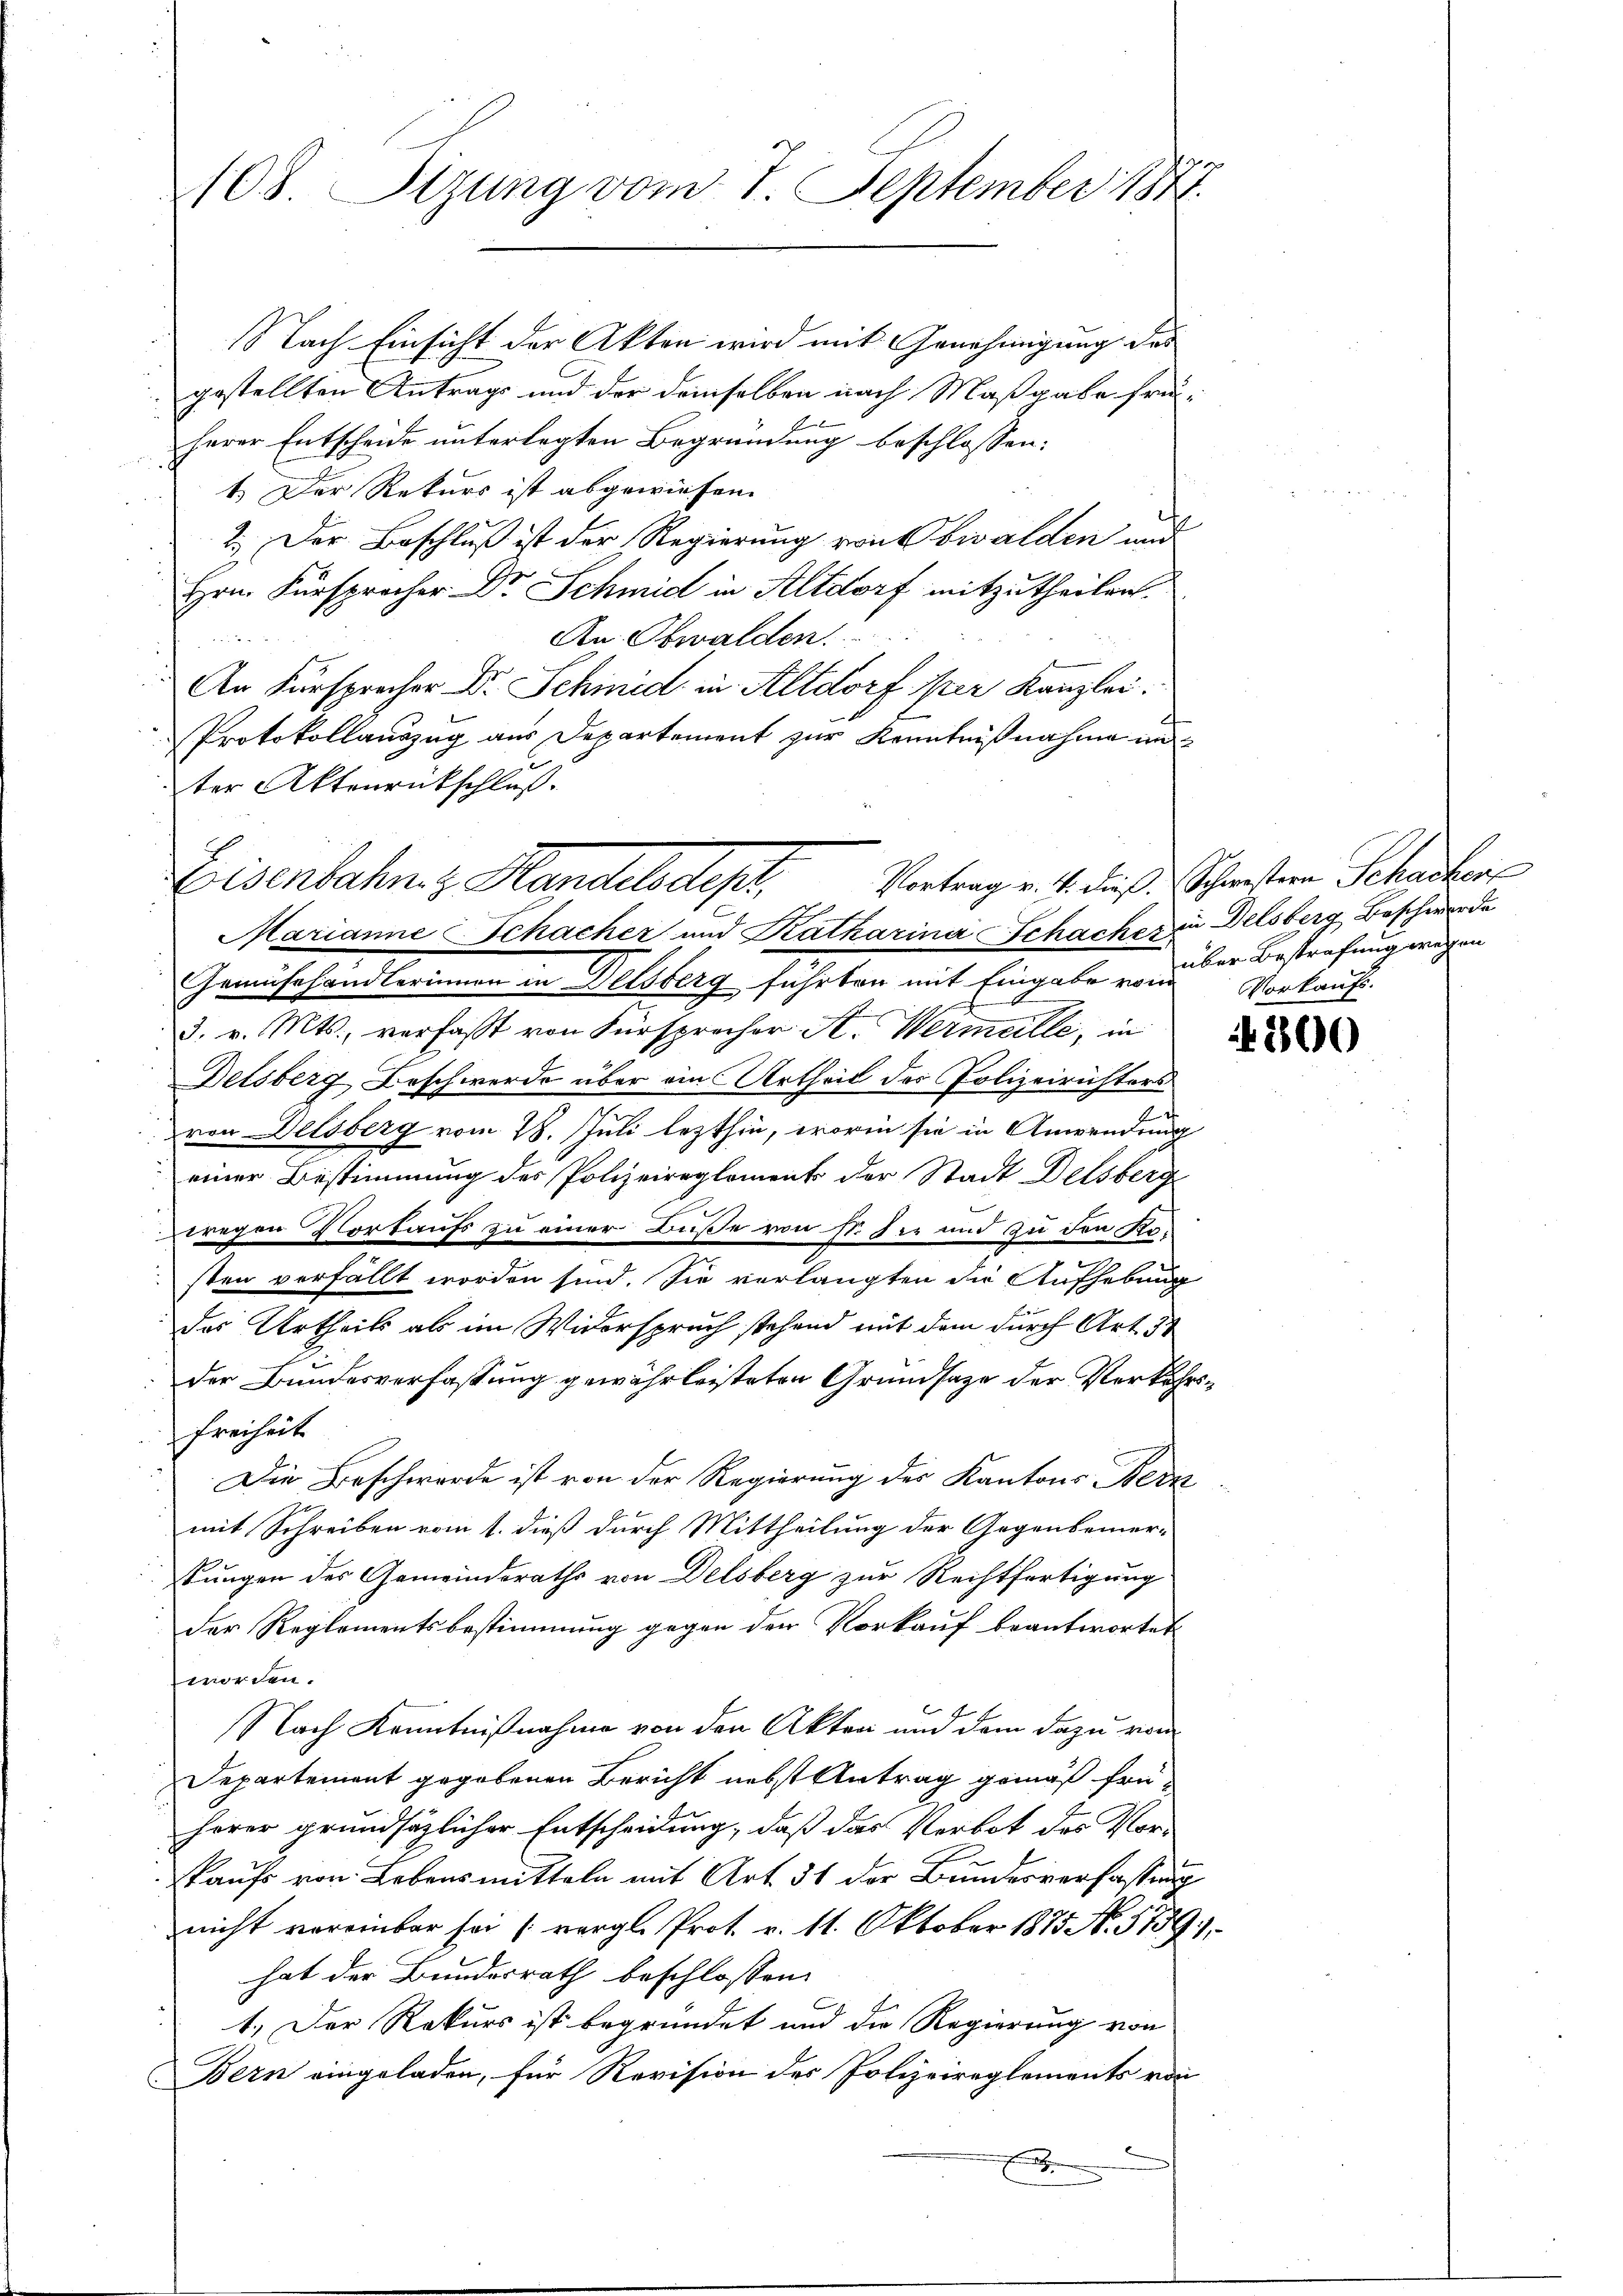
108. Sitzung vom 7. September 1877.

Nach Einsicht der Akten wird mit Genehmigung des
gestellten Antrags und der demselben nach Maßgabe früherer Entscheide unterlegten Begründung beschlossen:
1.) Der Rekurs ist abgewiesen.
2. Der Beschluß ist der Regierung von Obwalden und
Hrn. Fürsprocher Dr. Schmid in Altdorf mitzutheilen.
An Obwalden.
An Fürsprecher Dr. Schmid in Altdorf per Kanzlei.
Protokollauszug aus Departement zur Kenntnißnahme unter Aktenrückschluß.
Eisenbahn zu Handelsdep
Marianne Schacher und Katharina Schachere Delsberg Beschwerde
Gemüsehandlerinnen in Delsberg führten mit Eingabe vorüber Bestrafung wegen
3. v. Mts., verfasst von Fürsprecher A. Wermeille, in
Delsberg Beschwerde über ain Urtheil des Polizeirichters
von Delsberg vom 28. Juli lezthin, worin sie in Anwendung
 einer Bestimmung des Polizeireglement der Stadt Delsberg
t
wegen Vorkaufs zu einer Buße von st. Sie und zu den Ko-
sten verfällt worden sind. Sie verlangten die Aufhebung
das Urtheils als im Widerspruch stehend mit dem durch Art. 34
der Bundesverfassung gewährleisteten Grundsatze der Verkehrs¬
Freiheit
Die Beschwerde ist von der Regierung des Kantons Bern
mit Schreiben vom 1. dieß durch Mittheilung der Gegenbemer-
stungen des Gemeinderaths von Delsberg zur Rechtfertigung
der Reglementsbestimmung gegen den Vorkauf beantwortet
worden.
Nach Kenntnißnahme von den Akten und dem dazu von
Departement gegebenen Bericht nebst Antrag gemäß früherer grundsätzlicher Entscheidung, daß das Verbot des Vor¬
Kaufs von Lebensmitteln mit Art. 51 der Bundesverfassung
nicht voreinbar sei (vergl. Prot. v. 11. Oktober 1875 N. 5759),
hat der Bundesrath beschlossen:
1.) Der Rekurs ist begründet und die Regierung von
Bern eingeladen, für Revision des Polizeireglements von
.

Vortrag v. 4. dieß. Schwestern Schacker
Vorkaufs.

200